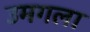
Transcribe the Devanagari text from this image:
उमगला